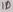
Text: 1D